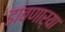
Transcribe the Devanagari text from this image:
डांबणार्‍या